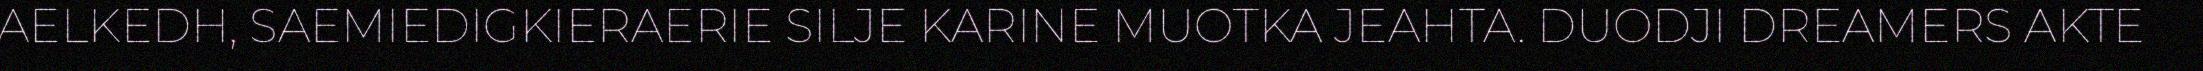
AELKEDH, SAEMIEDIGKIERAERIE SILJE KARINE MUOTKA JEAHTA. DUODJI DREAMERS AKTE